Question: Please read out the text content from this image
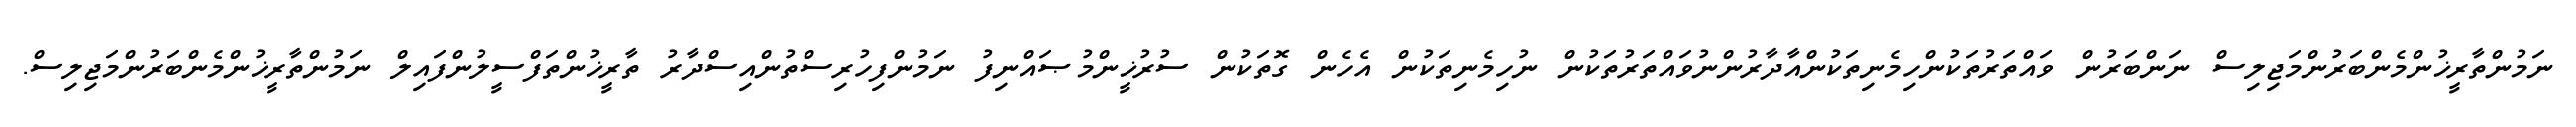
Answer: ނަމުންތާރީޚުންމެންބަރުންމަޖިލިސް ނަންބަރުން ވައްތަރުތަކުންހިމެނިތަކުންއާދާރުންނުވައްތަރުތަކުން ނުހިމެނިތަކުން އެހެން ގޮތަކުން ސުރުޚީންމުޞައްނިފު ނަމުންފިހުރިސްތުންއިސްދާރު ތާރީޚުންތަފްސީލުންފައިލް ނަމުންތާރީޚުންމެންބަރުންމަޖިލިސް.